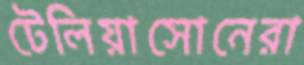
টেলিয়াসোনেরা